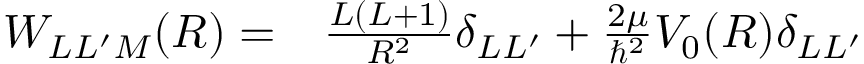
\begin{array} { r l } { W _ { L L ^ { \prime } M } ( R ) = } & { { } \frac { L ( L + 1 ) } { R ^ { 2 } } \delta _ { L L ^ { \prime } } + \frac { 2 \mu } { \hbar ^ { 2 } } V _ { 0 } ( R ) \delta _ { L L ^ { \prime } } } \end{array}